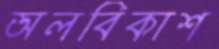
অলবিকাশ